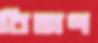
বিভাগ